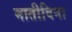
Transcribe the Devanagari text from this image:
मातीविना